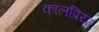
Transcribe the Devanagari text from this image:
कालप्रिया